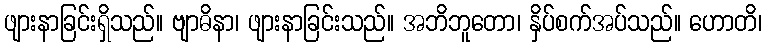
ဖျားနာခြင်းရှိသည်။ ဗျာဓိနာ၊ ဖျားနာခြင်းသည်။ အဘိဘူတော၊ နှိပ်စက်အပ်သည်။ ဟောတိ၊